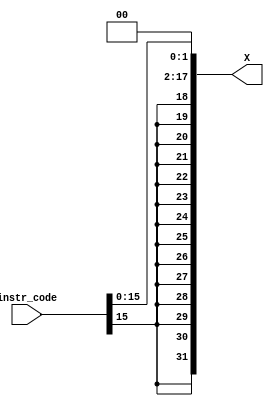
module Imm_gen(
input [31:0]instr_code , output reg[31:0]X
    );

always@(*)
begin
X = {{16{instr_code[15]}},instr_code[15:0]};
X = X<<2;
end

endmodule